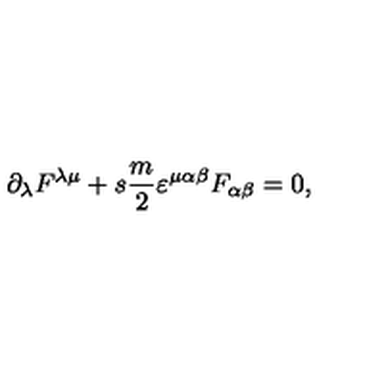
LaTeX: \partial _ { \lambda } F ^ { \lambda \mu } + s \frac { m } { 2 } \varepsilon ^ { \mu \alpha \beta } F _ { \alpha \beta } = 0 ,